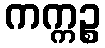
ကက္ကဉ္စ